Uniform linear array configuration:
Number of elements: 32
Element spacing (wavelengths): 0.75
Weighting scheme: binomial
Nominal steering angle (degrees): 45
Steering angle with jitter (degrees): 45.642
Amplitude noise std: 0.05
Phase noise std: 0.05

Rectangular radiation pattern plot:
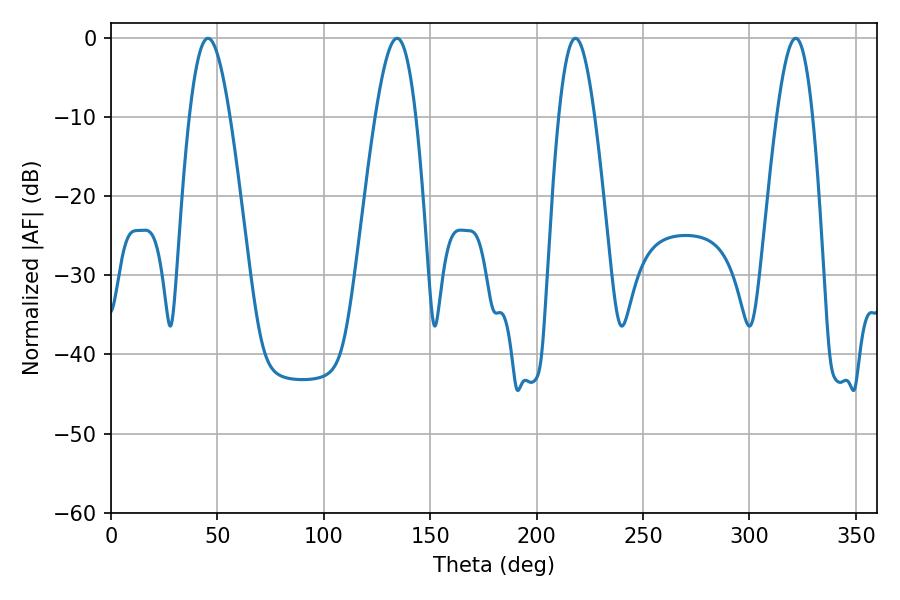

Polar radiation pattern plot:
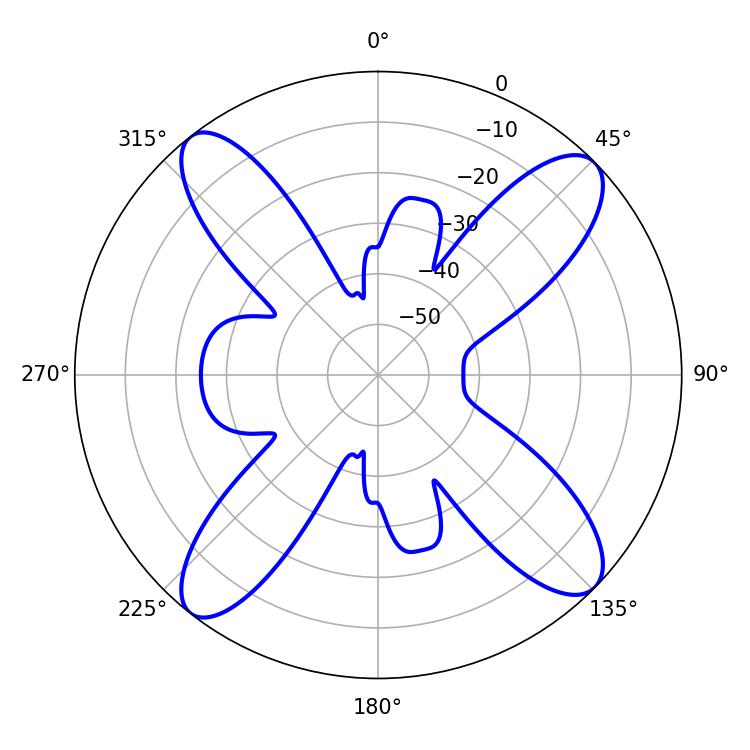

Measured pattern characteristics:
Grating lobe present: TRUE
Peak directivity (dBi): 15.002
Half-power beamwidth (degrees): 10.26
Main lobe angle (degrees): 45.54